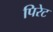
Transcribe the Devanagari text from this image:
पिरेट